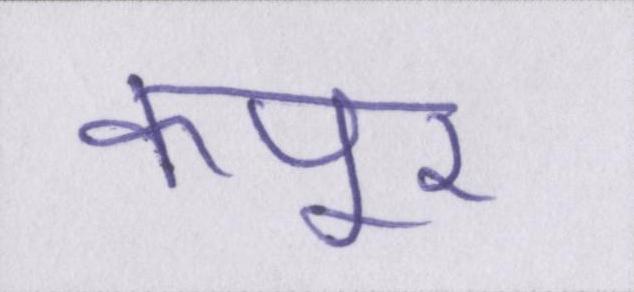
कपूर